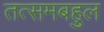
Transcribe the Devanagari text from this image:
तत्समबहुल